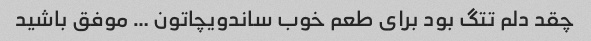
چقد دلم تتگ بود برای طعم خوب ساندویچاتون … موفق باشید